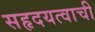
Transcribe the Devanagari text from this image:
सहृदयत्वाची